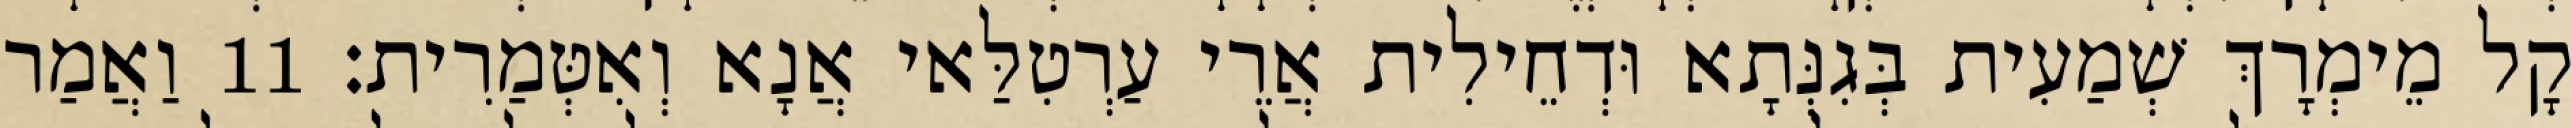
קָל מֵימְרָךְ שְׁמַעִית בְּגִנְּתָא וּדְחֵילִית אֲרֵי עַרְטִלַּאי אֲנָא וְאִטְּמַרִית׃ 11 וַאֲמַר